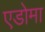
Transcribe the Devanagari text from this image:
एडोमा